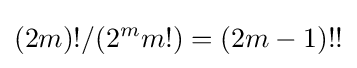
(2m)!/(2^{m}m!)=(2m-1)!!